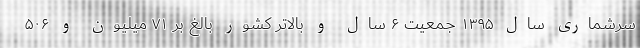
سرشماری سال ۱۳۹۵ جمعیت ۶ سال و بالاتر کشور بالغ بر ۷۱ میلیون و ۵۰۶